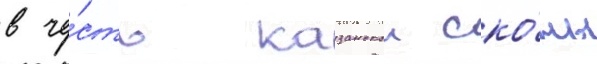
в че́сть казанскои ико́ны